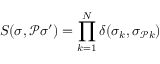
{ \cal S } ( \sigma , \mathcal { P } \sigma ^ { \prime } ) = \prod _ { k = 1 } ^ { N } \delta ( \sigma _ { k } , \sigma _ { \mathcal { P } k } )